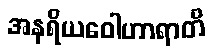
အနရိယဝေါဟာရာတိ